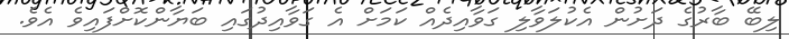
ލިބޭ ބާރުގެ ދަށުން އެކުލަވާލި ގަވާއިދެއް ކަމަށް އެ ގަވާއިދުގައި ބަޔާންކޮށްފައިވެ އެވެ.